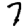
Digit: 7